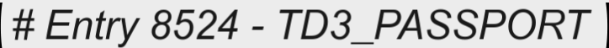
# Entry 8524 - TD3_PASSPORT